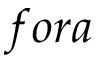
f o r a